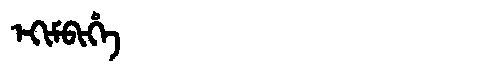
Manchu: ᡝᡴᡳᠮᠪᡳᡥᡝ
Romanization: EKIMBIHE